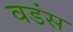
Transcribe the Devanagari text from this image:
वडंस